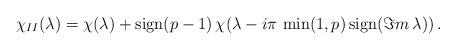
LaTeX: \begin{align*}\chi _{II}(\lambda )=\chi (\lambda )+\mathrm{sign}(p-1)\, \chi (\lambda -i\pi \, \min (1,p)\, \mathrm{sign}(\Im m\, \lambda ))\, .\end{align*}